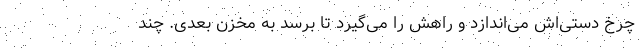
چرخ دستی‌اش می‌اندازد و راهش را می‌گیرد تا برسد به مخزن بعدی. چند